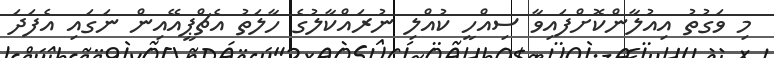
މި ވަގުތު އިއުލާންކޮށްފައިވާ ސިއްހީ ކުއްލި ނުރައްކާލުގެ ހާލަތު އެޗްޕީއޭއިން ނަގައި އެފަދަ